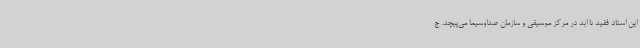
این استاد فقید تا ابد در مرکز موسیقی و سازمان صداوسیما می‌پیچد. ج